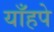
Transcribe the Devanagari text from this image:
याँहपे